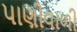
પાણીવાળી